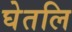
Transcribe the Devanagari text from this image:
घेतलि